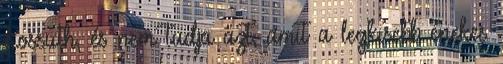
Kossuth, és nem tudja azt, amit a legkisebb énekes